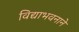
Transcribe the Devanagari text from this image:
विद्याभवनाने